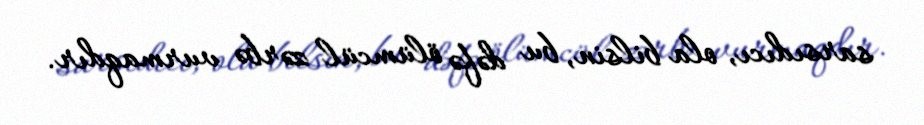
sarsıdıcı, ola bilsin, bu dəfə ölümcül zərbə vurmaqdır.